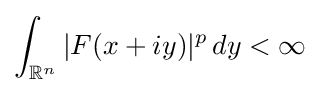
\int _{\mathbb {R} ^{n}}|F(x+iy)|^{p}\,dy<\infty